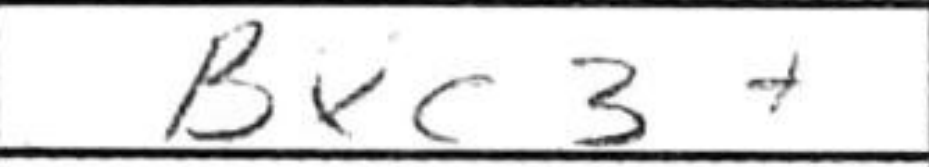
Transcription: Bxc3+